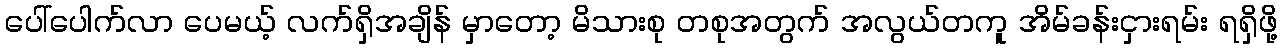
ပေါ်ပေါက်လာ ပေမယ့် လက်ရှိအချိန် မှာတော့ မိသားစု တစုအတွက် အလွယ်တကူ အိမ်ခန်းငှားရမ်း ရရှိဖို့